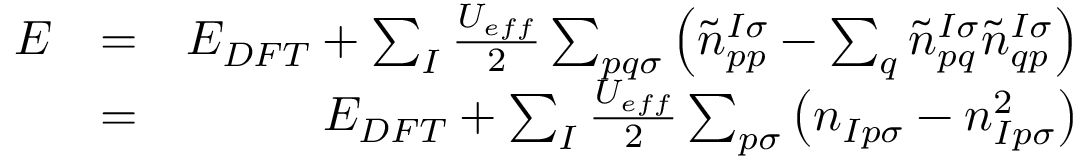
\begin{array} { r l r } { E } & { = } & { E _ { D F T } + \sum _ { I } \frac { U _ { e f f } } { 2 } \sum _ { p q \sigma } \left( \tilde { n } _ { p p } ^ { I \sigma } - \sum _ { q } \tilde { n } _ { p q } ^ { I \sigma } \tilde { n } _ { q p } ^ { I \sigma } \right) } \\ & { = } & { E _ { D F T } + \sum _ { I } \frac { U _ { e f f } } { 2 } \sum _ { p \sigma } \left( n _ { I p \sigma } - n _ { I p \sigma } ^ { 2 } \right) } \end{array}